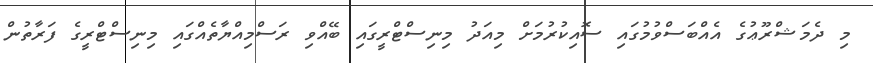
މި ދެމަޝްރޫޢުގެ އެއްބަސްވުމުގައި ސޮއިކުރުމަށް މިއަދު މިނިސްޓްރީގައި ބޭއްވި ރަސްމިއްޔާތެއްގައި މިނިސްޓްރީގެ ފަރާތުން